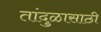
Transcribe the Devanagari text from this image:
तांदुळासाठी